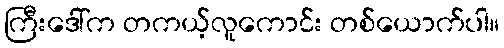
ကြီးဒေါ်က တကယ့်လူကောင်း တစ်ယောက်ပါ။